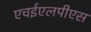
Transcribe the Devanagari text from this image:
एचईएलपीएस